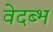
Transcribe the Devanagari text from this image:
वेदब्भ